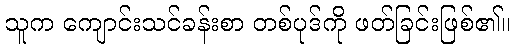
သူက ကျောင်းသင်ခန်းစာ တစ်ပုဒ်ကို ဖတ်ခြင်းဖြစ်၏။